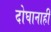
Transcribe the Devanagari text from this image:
दोघानाही